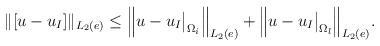
LaTeX: \begin{align*}\|[u - u_I]\|_{L_2(e)}&\leq\Big\|u - u_I \big|_{\Omega_i}\Big\|_{L_2(e)}+ \Big\|u - u_I \big|_{\Omega_l}\Big\|_{L_2(e)}.\end{align*}